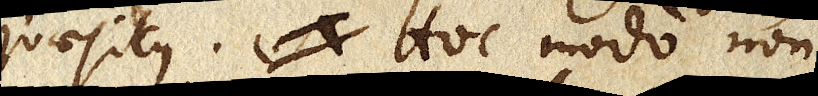
quaesitus. Hoc modo non